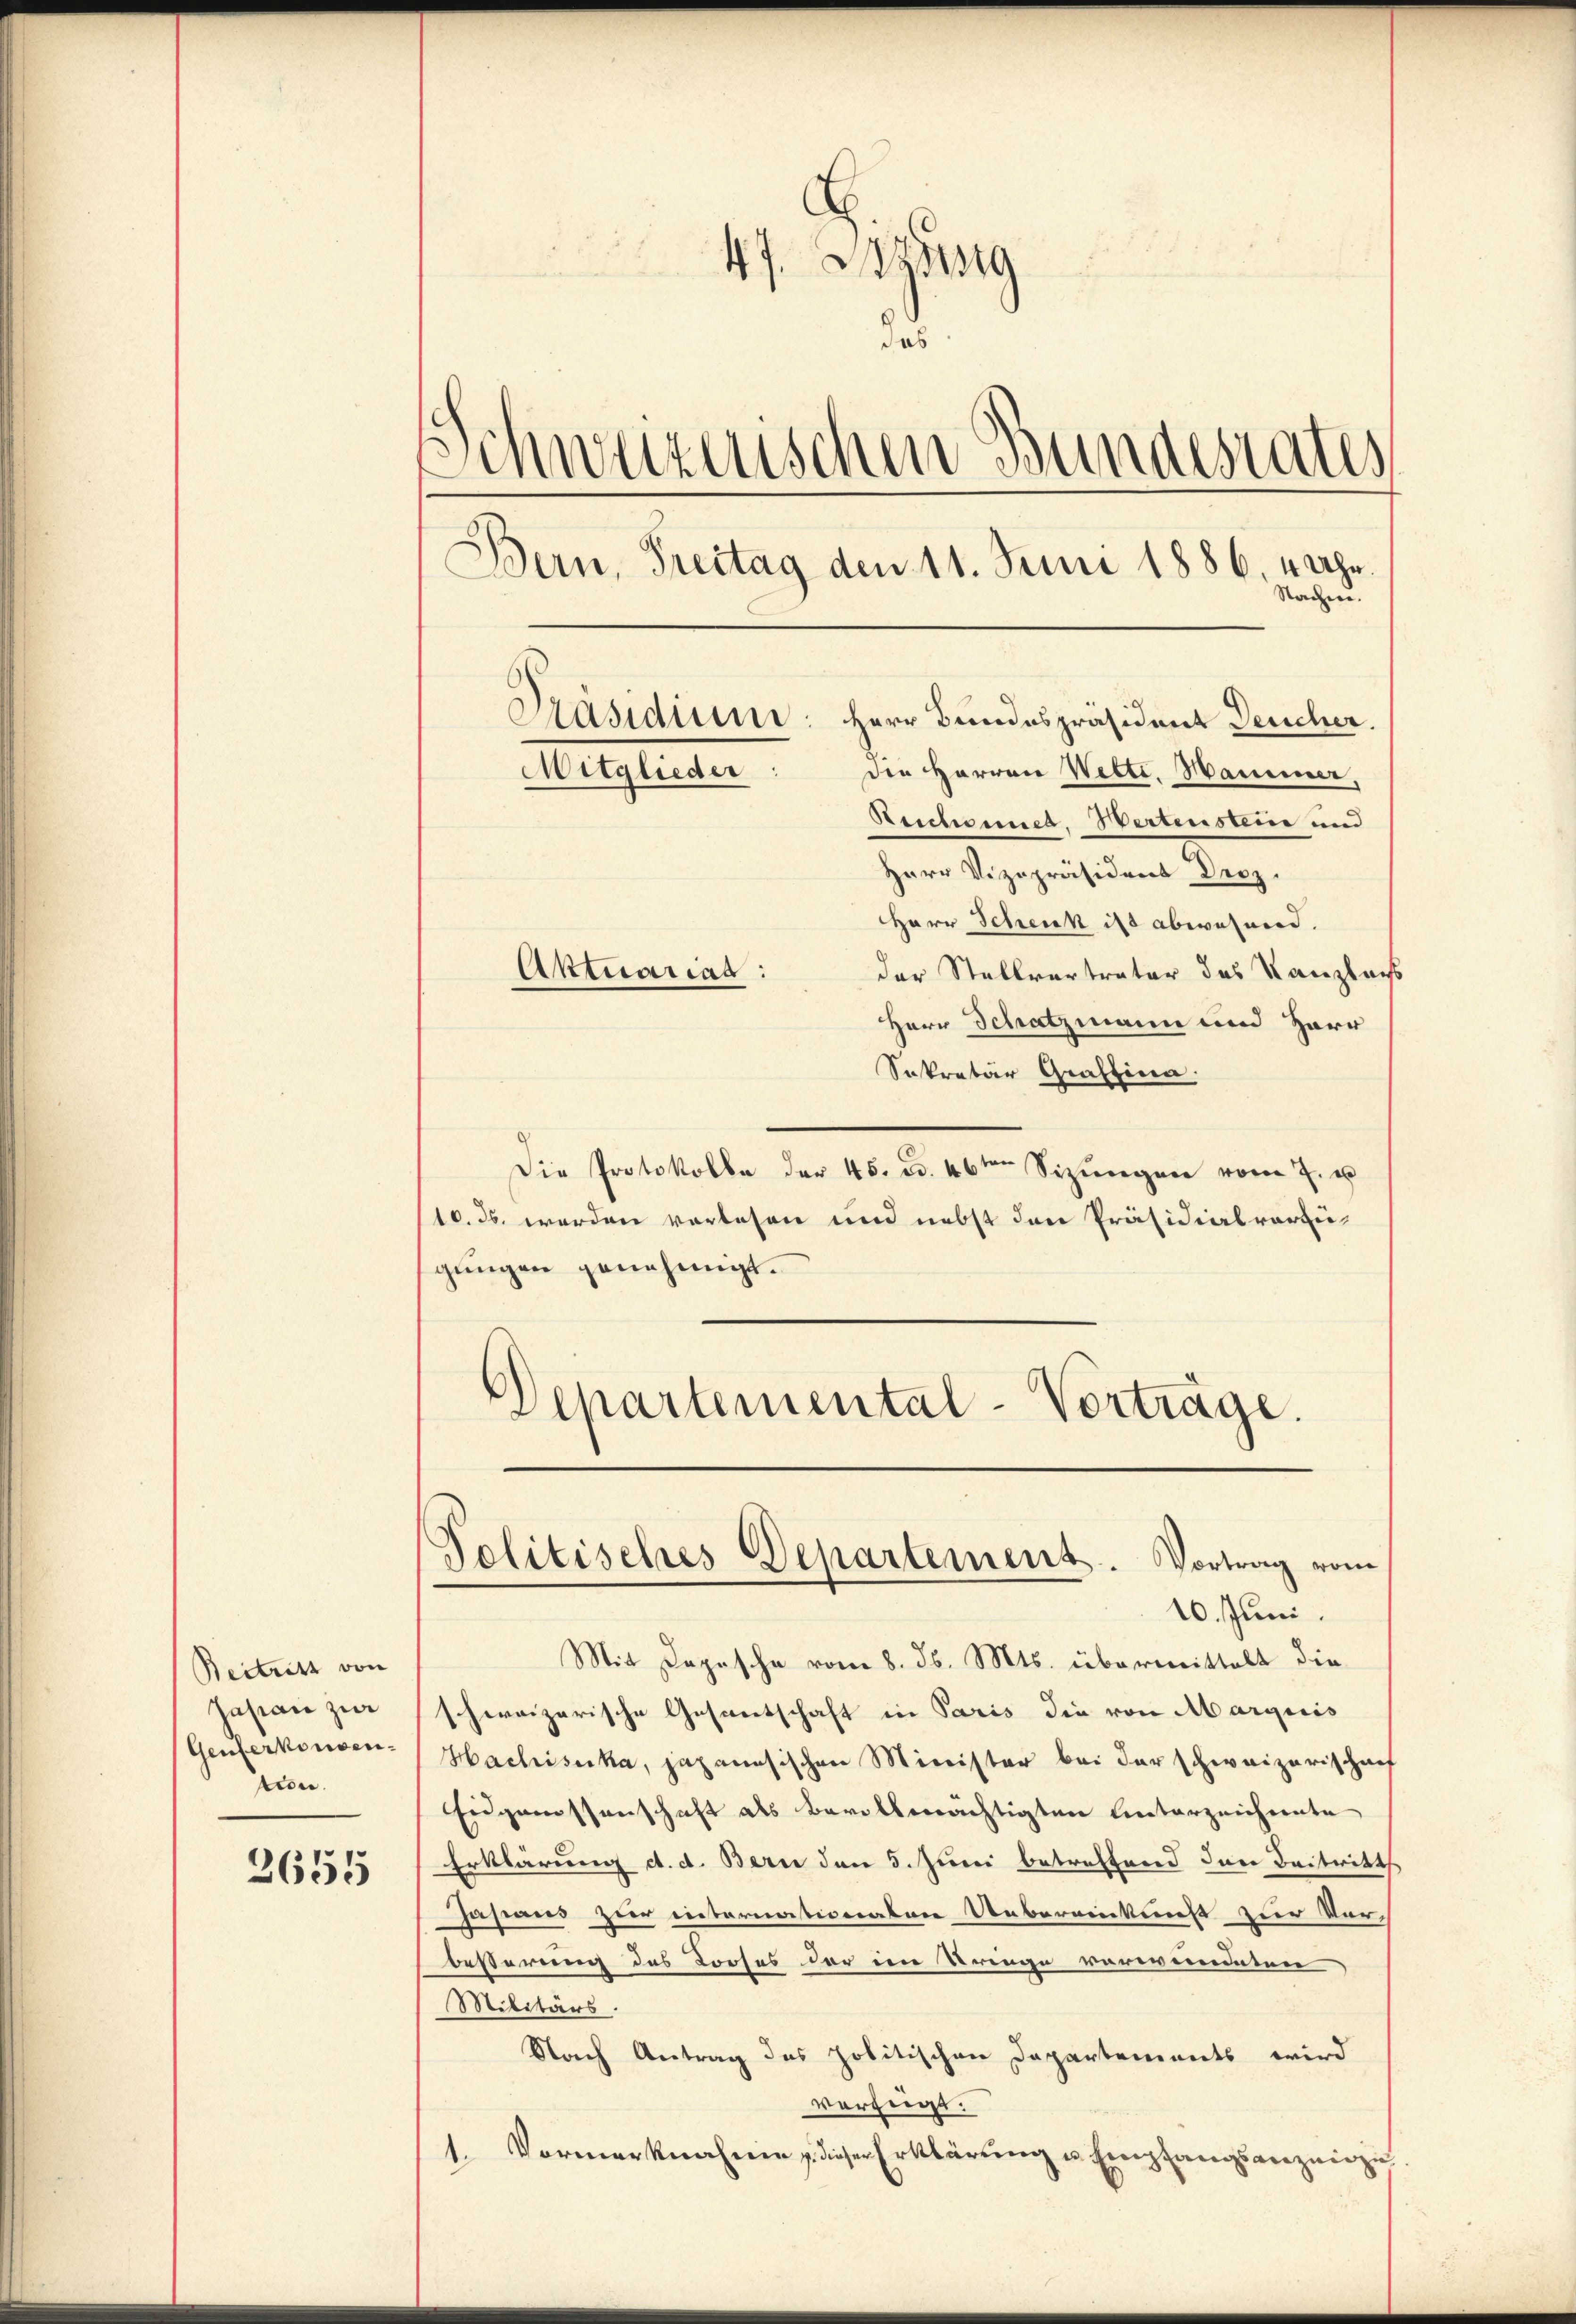
Beitritt von
Jastian zur
Genferkonsen.
rise.

2655

47. Jung
das
Schweizerischen Bundesrates
Bern, Freitag den 11. Juni 1886, 4 Uhr.
Sachen.
Präsidium: Herr Bundespräsident Deucher.
der Herren Wette. Hammer,
Mitglieder
Reichennet, Wertenstein und

Herr Vizepräsident Droz
Herr Schenk ist abwesend.
der Stellvertrater des Kanzlags
Herr Schatzmann und Herr
Sekretär Graffina.
Die Protokolle der 45. d. 16ten Sizungen vom 7. u
10. ds. werden vorlesen und nebst den Präsidialvorzugungen genehmigt.
Departemental-Vorträge.

Aktuariad:

Mit Depesche vom 8. d. Mts. übermittelt die
schweizerische Gesantschaft in Paris die von Marquis
Hachiseka, japanesischen Minister bei der schweizerischen
Eidgenossenschaft als Bevollmächtigten Unterzeichnete
Erklärung d. d. Bern den 5. Juni betreffend den Beitritt
Jasans Heer riternationaten Uebereinkunft zur Vor-
beßerung des Looses der im Kringe verwundeten
Militärs.
Nach Antrag des politischen Departements wird
verfügt:
1. Vormerknahme & dieser Erklärung u. Empfangsanzeizie

Politisches Departement. Vortrag vom
10. Juni